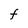
Character: F